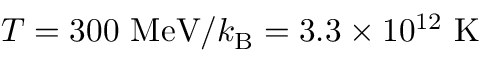
T = 3 0 0 ~ { \mathrm { M e V } } / k _ { \mathrm { B } } = 3 . 3 \times 1 0 ^ { 1 2 } ~ { \mathrm { K } }